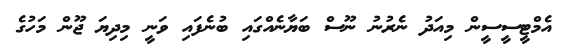
އެމްޓީސީސީން މިއަދު ނެރުނު ނޫސް ބަޔާނެއްގައި ބުނެފައި ވަނީ މިދިޔަ ޖޫން މަހުގެ